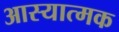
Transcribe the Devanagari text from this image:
आस्यात्मक